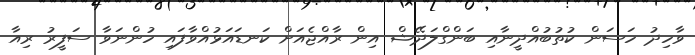
ވާހިދު ހަސަން ކުތުބުއްދީނާއި ބަންގްލަދޭޝް އިން ރާއްޖެއަށް ކަނޑައަޅުއްވާފައި ހުންނަވާ ސަފީރު ރިއާ